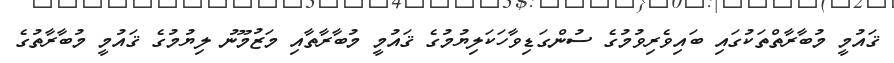
ޤައުމީ މުބާރާތްތަކުގައި ބައިވެރިވުމުގެ ސުންގަޑިވާހަކަލިޔުމުގެ ޤައުމީ މުބާރާތާއި މަޒުމޫނު ލިޔުމުގެ ޤައުމީ މުބާރާތުގެ